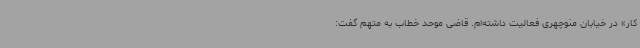
کار» در خیابان منوچهری فعالیت داشته‌ام. قاضی موحد خطاب به متهم گفت: